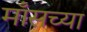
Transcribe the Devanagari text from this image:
माँसच्या